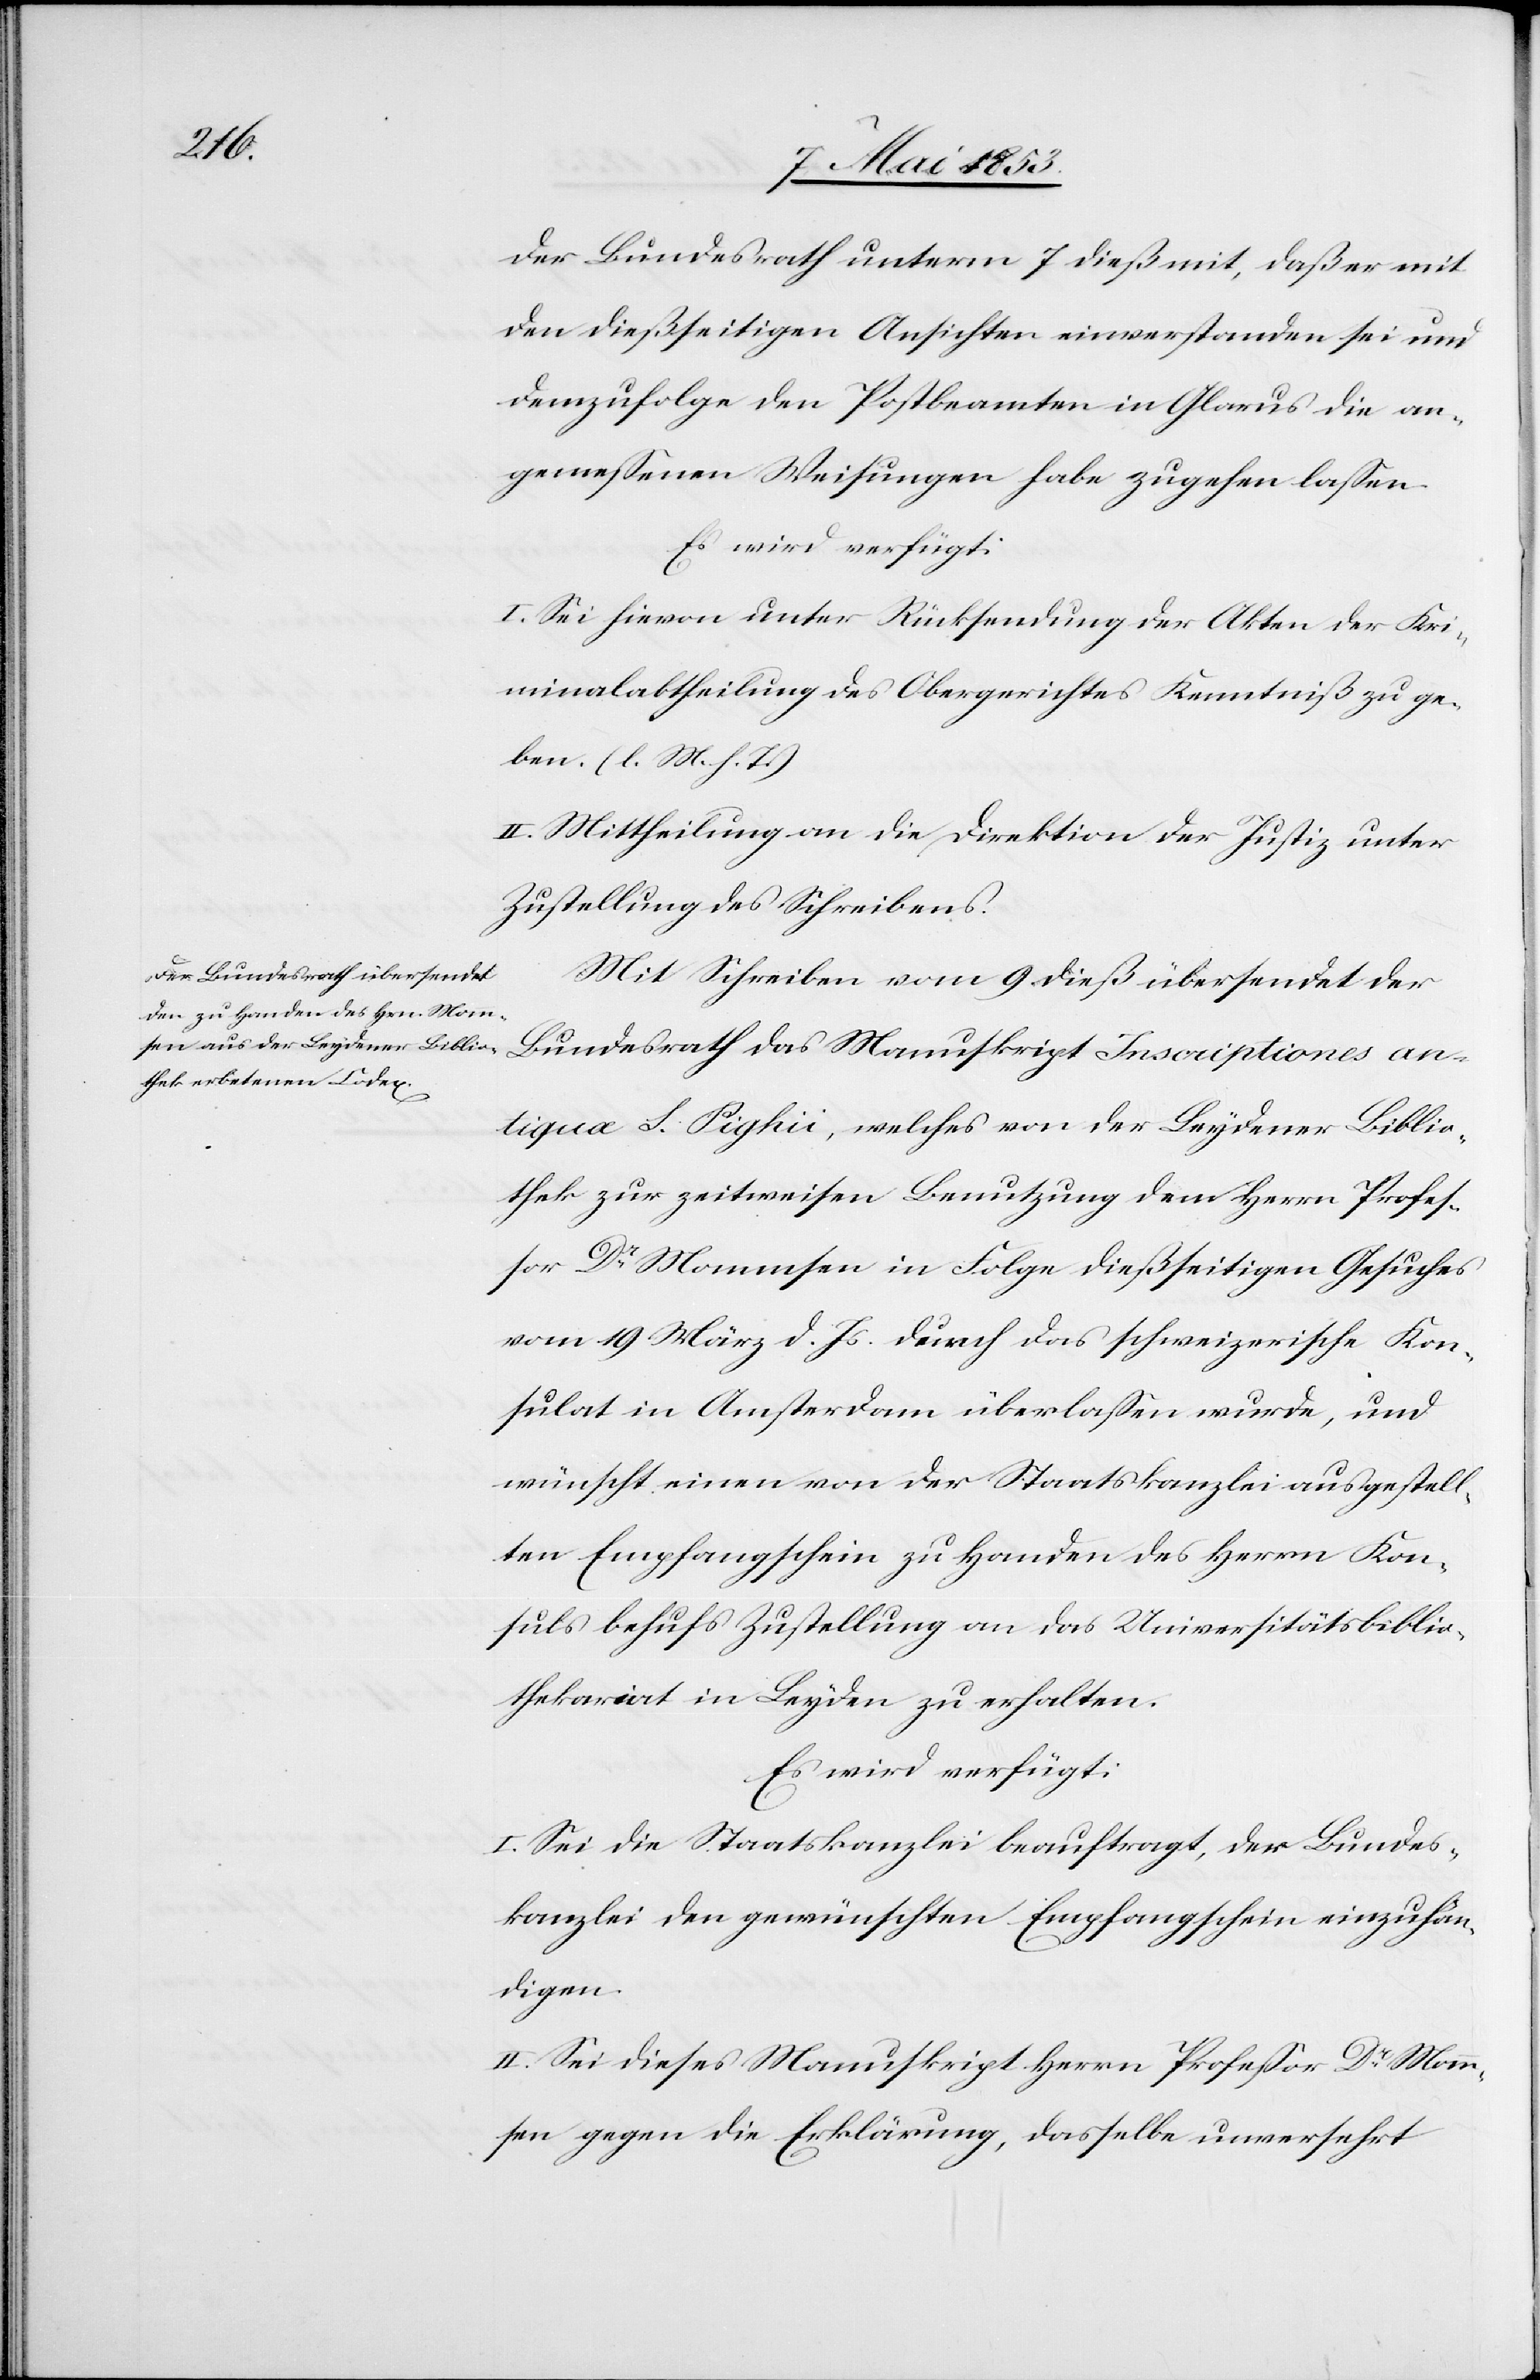
10 Mai 1853.]
der Bundesrath unter 7 dieß mit, daß er mit
den dießseitigen Ansichten einverstanden sei und
demzufolge den Postbeamten in Glarus die an¬
gemeßenen Weisungen habe zugehen laßen.
Es wird verfügt:
I. Sei hievon unter Rücksendung der Akten der Kri¬
minalabtheilung des Obergerichtes Kenntniß zu ge¬
ben. [l. M. h. T]
II. Mittheilung an die Direktion der Justiz unter
Zustellung des Schreibens.
Mit Schreiben vom 9 dieß übersendet der
Bundesrath das Manuskript Inscriptiones an¬
tigua L. Pighii, welches von der Leydener Biblio¬
thek zur zeitweisen Benutzung dem Herrn Profes¬
sor Dr. Mammsen in Folge dießseitigen Gesuches
vom 19 März d. Js. durch das schweizerische Kon¬
sulat in Amsterdam überlaßen wurde, und
wünscht einen von der Staatskanzlei ausgestell¬
ten Empfangsschein zu Handen des Herrn Kon¬
suls behufs Zustellung an das Universitätsbiblio¬
thekariat in Leyden zu erhalten.
Es wird verfügt:
I. Sei die Staatskanzlei beauftragt, der Bundes¬
kanzlei den gewünschten Empfangsschein einzuhän¬
digen.
II. Sei dieses Manuskript Herrn Profeßor Dr. Mamm¬
sen gegen die Erklärung, dasselbe unversehrt